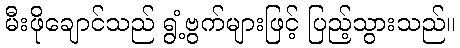
မီးဖိုချောင်သည် ရွံ့ဗွက်များဖြင့် ပြည့်သွားသည်။